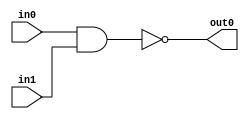
module NAND(
        input wire in0,
        input wire in1,
        output wire out0
        );
        assign out0 = in0 ~& in1;
endmodule